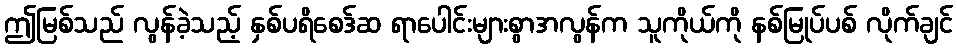
ဤမြစ်သည် လွန်ခဲ့သည့် နှစ်ပရိစေဒ်ဆ ရာပေါင်းများစွာအလွန်က သူကိုယ်ကို နစ်မြုပ်ပစ် လိုက်ချင်